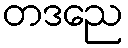
တဒညေ